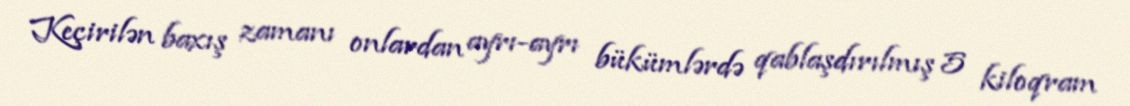
Keçirilən baxış zamanı onlardan ayrı-ayrı bükümlərdə qablaşdırılmış 5 kiloqram